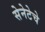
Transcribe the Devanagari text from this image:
सेनेटेचे